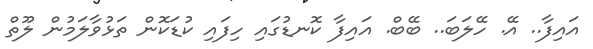
އައިފާ.. އޭ. ހޭލަބަ.. ބޭބް. އައިފާ ކޮނޑުގައި ހިފައި ކުޑަކޮން ތަޅުވާލަމުން ލޫތް